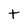
Character: t